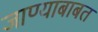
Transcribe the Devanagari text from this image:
जाण्याबाबत